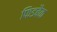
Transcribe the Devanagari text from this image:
फिडबैक